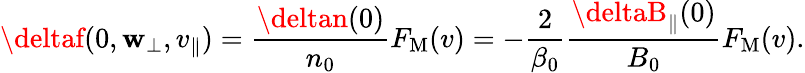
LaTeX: \deltaf(0,\mathbf{w}_{\perp},v_{\parallel})=\frac{{\deltan(0)}}{{n_{0}}}F_{\mathrm{{M}}}(v)=-\frac{{2}}{{\beta_{0}}}\frac{{\deltaB_{\parallel}(0)}}{{B_{0}}}F_{\mathrm{{M}}}(v).